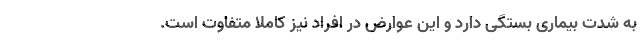
به شدت بیماری بستگی دارد و این عوارض در افراد نیز کاملا متفاوت است.